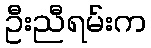
ဦးညီရမ်းက